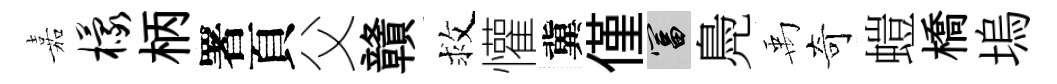
嘉檬柄署頁父贛救懽冀僅富鳧禹奇螘橋塢